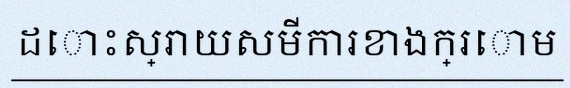
ដោះស្រាយសមីការខាងក្រោម